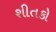
શીતકો